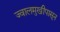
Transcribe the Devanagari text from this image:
ज्वालमुखीपासून